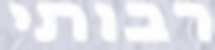
רבותי